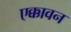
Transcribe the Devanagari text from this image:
एक्कावन